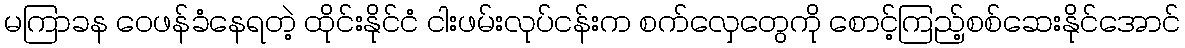
မကြာခန ဝေဖန်ခံနေရတဲ့ ထိုင်းနိုင်ငံ ငါးဖမ်းလုပ်ငန်းက စက်လှေတွေကို စောင့်ကြည့်စစ်ဆေးနိုင်အောင်